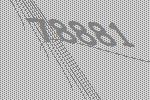
78881